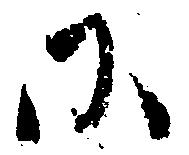
に